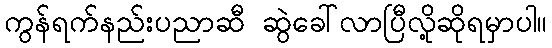
ကွန်ရက်နည်းပညာဆီ ဆွဲခေါ်လာပြီလို့ဆိုရမှာပါ။